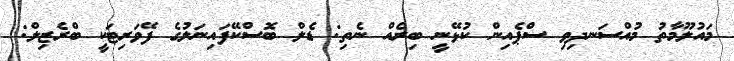
މައުލޫމާތު މުއްސަނދިވި ސްޕެއިން ކުޅޭނީ ބިރެއް ނެތި: ޑެލް ބޮސްކޭފައިނަލުގެ ފޭވަރިޓަކީ ބްރެޒިލް: